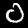
Label: 0